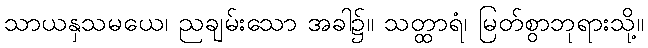
သာယနှသမယေ၊ ညချမ်းသော အခါ၌။ သတ္ထာရံ၊ မြတ်စွာဘုရားသို့။